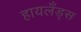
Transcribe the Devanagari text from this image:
हायलँड्स